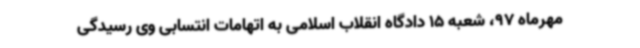
مهرماه 97، شعبه 15 دادگاه انقلاب اسلامی به اتهامات انتسابی وی رسیدگی